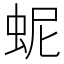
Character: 蚭